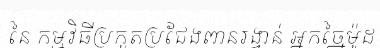
នៃ កម្មវិធីប្រកួតប្រជែងពានរង្វាន់ អ្នកច្នៃម៉ូដ